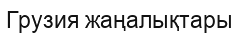
Грузия жаңалықтары